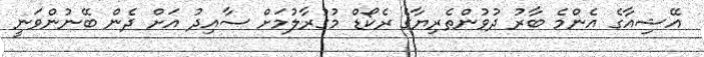
އޭޝިއާގެ އެންމެ ބާރު ދުވުންތެރިޔާގެ ރެކޯޑް މުގުރާލުމަށް ސާއިދު އަށް ދެން ބޭނުންވަނީ